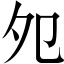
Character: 夗